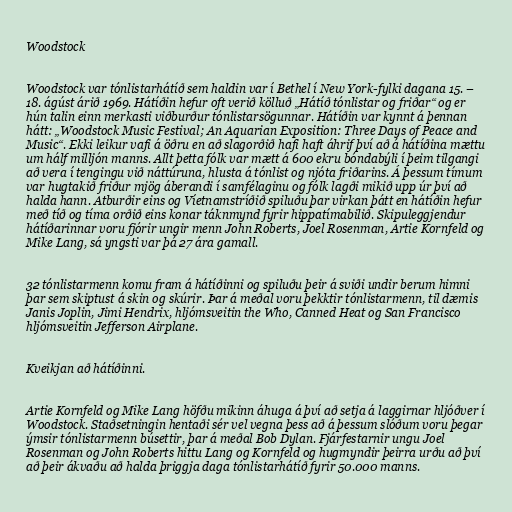
Woodstock

Woodstock var tónlistarhátíð sem haldin var í Bethel í New York-fylki dagana 15. –
18. ágúst árið 1969. Hátíðin hefur oft verið kölluð „Hátíð tónlistar og friðar“ og er
hún talin einn merkasti viðburður tónlistarsögunnar. Hátíðin var kynnt á þennan
hátt: „Woodstock Music Festival; An Aquarian Exposition: Three Days of Peace and
Music“. Ekki leikur vafi á öðru en að slagorðið hafi haft áhrif því að á hátíðina mættu
um hálf milljón manns. Allt þetta fólk var mætt á 600 ekru bóndabýli í þeim tilgangi
að vera í tengingu við náttúruna, hlusta á tónlist og njóta friðarins. Á þessum tímum
var hugtakið friður mjög áberandi í samfélaginu og fólk lagði mikið upp úr því að
halda hann. Atburðir eins og Víetnamstríðið spiluðu þar virkan þátt en hátíðin hefur
með tíð og tíma orðið eins konar táknmynd fyrir hippatímabilið. Skipuleggjendur
hátíðarinnar voru fjórir ungir menn John Roberts, Joel Rosenman, Artie Kornfeld og
Mike Lang, sá yngsti var þá 27 ára gamall.

32 tónlistarmenn komu fram á hátíðinni og spiluðu þeir á sviði undir berum himni
þar sem skiptust á skin og skúrir. Þar á meðal voru þekktir tónlistarmenn, til dæmis
Janis Joplin, Jimi Hendrix, hljómsveitin the Who, Canned Heat og San Francisco
hljómsveitin Jefferson Airplane.

Kveikjan að hátíðinni.

Artie Kornfeld og Mike Lang höfðu mikinn áhuga á því að setja á laggirnar hljóðver í
Woodstock. Staðsetningin hentaði sér vel vegna þess að á þessum slóðum voru þegar
ýmsir tónlistarmenn búsettir, þar á meðal Bob Dylan. Fjárfestarnir ungu Joel
Rosenman og John Roberts hittu Lang og Kornfeld og hugmyndir þeirra urðu að því
að þeir ákvaðu að halda þriggja daga tónlistarhátíð fyrir 50.000 manns.